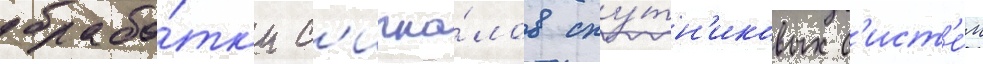
обрабо́тк'и с'игна́лов спу́тн'иковых с'ист'е́м